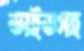
ড্রাইভসহ